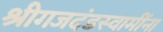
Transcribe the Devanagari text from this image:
श्रीगजदंडस्वामींना